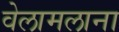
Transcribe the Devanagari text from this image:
वेलामलाना